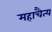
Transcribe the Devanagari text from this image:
महाचैत्‍य